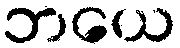
ဘယေ